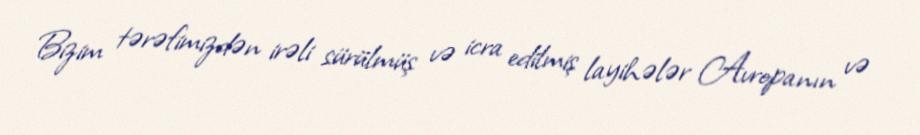
Bizim tərəfimizdən irəli sürülmüş və icra edilmiş layihələr Avropanın və